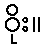
ဝိုး။